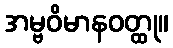
အမ္ဗဝိမာနဝတ္ထု။